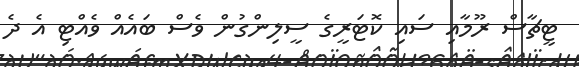
ޓީޗާސް ރޫމާއި ސައި ކޮޓަރީގެ ސީލިންގުން ވެސް ބައެއް ވެއްޓި އެ ދެ